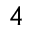
_ 4